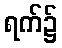
ရက်၌